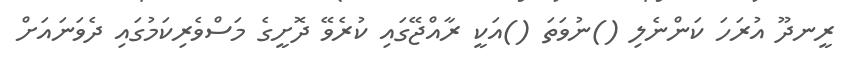
ރީނދޫ އުރަހަ ކަންނެލި ()ނުވަތަ ()އަކީ ރާއްޖޭގައި ކުރެވޭ ދޮށީގެ މަސްވެރިކަމުގައި ދެވަނައަށް